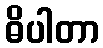
ဓိပါတာ